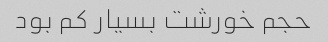
حجم خورشت بسیار کم بود